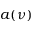
a ( \nu )